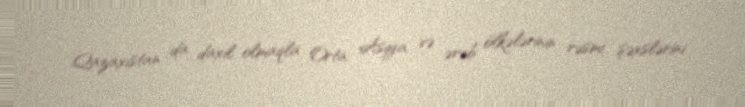
Qazaxıstan da daxil olmaqla Orta Asiya və ərəb ölkələrinin rəsmi şəxslərini